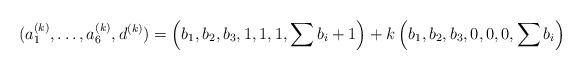
LaTeX: \begin{align*}( a_1^{(k)}, \dots, a_6^{(k)}, d^{(k)}) =\left(b_1,b_2,b_3,1,1,1,\sum b_i+1\right) + k\left(b_1,b_2,b_3,0,0,0,\sum b_i\right)\end{align*}